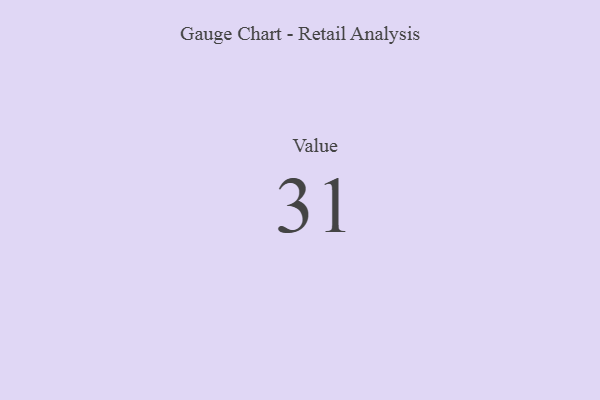
{"axis": {"x": "Metric", "y": "Value"}, "legend": [""], "data": [{"x": "Value", "y": 31, "type": ""}]}